Vaccination in Bombay 1924-1928 - 1924-1928
Year: 1924
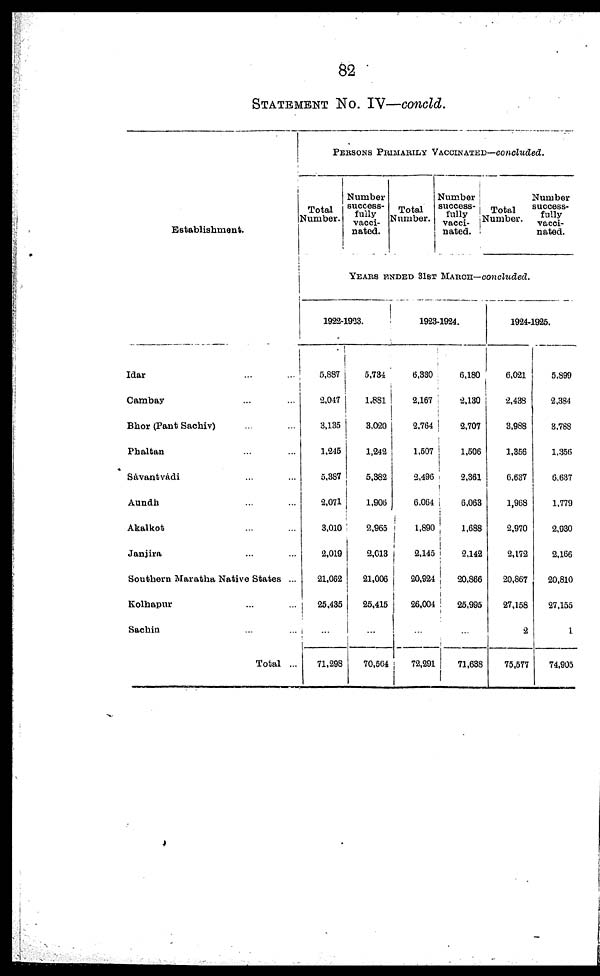
82
STATEMENT NO. IV—concld.
Establishment.
Idar ... ...
Cambay ... ...
Bhor (Pant Sachiv) ... ...
Phaltan ... ...
Sávantvádi ... ...
Aundh ... ...
Akalkot ... ...
Janjira ... ...
Southern Maratha Native States ...
Kolhapur ... ...
Sachin ... ...
Total ...
PERSONS PRIMARILY VACCINATED—concluded.
Total
Number.
Number
success-
fully
vacci-
nated.
Total
Number.
Number
success-
fully
vacci¬
nated.
Total
Number.
Number
success-
fully
vacci-
nated.
YEARS ENDED 31ST MARCH—concluded.
1922-1933.
5,887
2,047
3,135
1,245
5,387
2,071
3,010
2,019
21,062
25,435
...
71,298
5,734
1,881
3,020
1,242
5,382
1,906
2,965
2,013
21,006
25,415
...
70,564
1923-1924.
6,330
2,167
2,764
1,507
2,496
6,064
1,890
2,145
20,924
26,004
...
72,291
6,180
2,130
2,707
1,506
2,361
6,063
1,688
2,142
20,866
25,995
...
71,638
1924-1925.
6,021
2,438
3,988
1,356
6,637
1,968
2,970
2,172
20,867
27,158
2
75,577
5,899
2,384
3,788
1,356
6,637
1,779
2,930
2,166
20,810
27,155
1
74,905